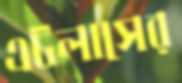
এটলাসের